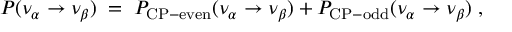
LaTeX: P ( \nu _ { \alpha } \rightarrow \nu _ { \beta } ) \; = \; P _ { \mathrm { C P - e v e n } } ( \nu _ { \alpha } \rightarrow \nu _ { \beta } ) + P _ { \mathrm { C P - o d d } } ( \nu _ { \alpha } \rightarrow \nu _ { \beta } ) \; ,